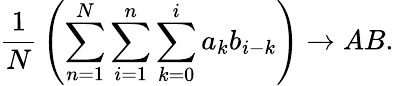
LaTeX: {\frac{1}{N}}\left(\sum_{n=1}^{N}\sum_{i=1}^{n}\sum_{k=0}^{i}a_{k}b_{i-k}\right)\to AB.